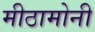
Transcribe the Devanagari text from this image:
मीठामोनी